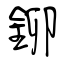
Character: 鉚